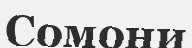
Сомони